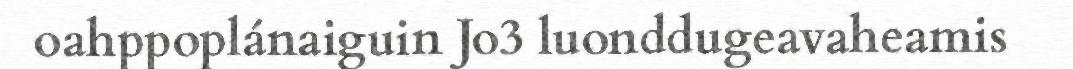
oahppoplánaiguin Jo3 luonddugeavaheamis